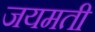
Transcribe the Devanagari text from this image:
जयमती